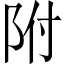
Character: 附